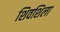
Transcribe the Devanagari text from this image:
शिवशिला